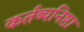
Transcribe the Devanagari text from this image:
कर्तब्यनिष्ठा